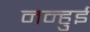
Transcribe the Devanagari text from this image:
नन्हुई